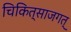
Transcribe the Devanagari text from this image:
चिकित्साजगत्‌